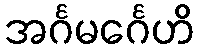
အင်္ဂမင်္ဂေဟိ